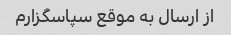
از ارسال به موقع سپاسگزارم